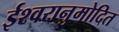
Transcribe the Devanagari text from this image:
ईश्वरानुमोदित